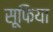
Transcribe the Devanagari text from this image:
सूफिया